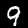
Digit: 9